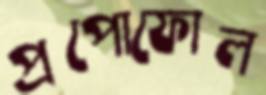
প্রপোফোল